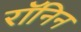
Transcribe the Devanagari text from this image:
रॉनिन